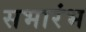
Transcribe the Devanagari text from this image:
सभारंभ